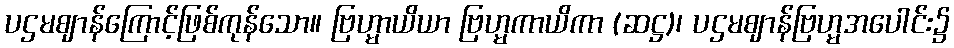
ပဌမဈာန်ကြောင့်ဖြစ်ကုန်သော။ ဗြဟ္မာယိယာ ဗြဟ္မကာယိကာ (ဆဋ္ဌ)၊ ပဌမဈာန်ဗြဟ္မအပေါင်း၌